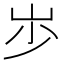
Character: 𡵯